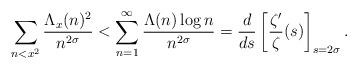
LaTeX: \begin{align*} \sum_{n<x^2} \frac{\Lambda_x(n)^2}{n^{2\sigma}} &< \sum_{n=1}^\infty \frac{\Lambda(n)\log n}{n^{2\sigma}} = \frac{d}{ds} \left[ \frac{\zeta'}{\zeta}(s) \right]_{s=2\sigma}.\end{align*}